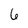
Character: 6